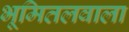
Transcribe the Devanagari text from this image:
भूमितलवाला